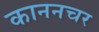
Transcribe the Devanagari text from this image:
काननचर